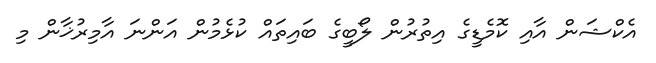
އެކްޝަން އާއި ކޮމެޑީގެ އިތުރުން ލޯބީގެ ބައިތައް ކުޅެމުން އަންނަ އާމިރުޚާން މި